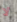
لا